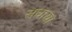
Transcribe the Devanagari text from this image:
सधाया